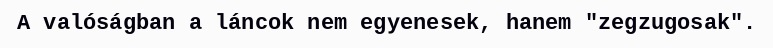
A valóságban a láncok nem egyenesek, hanem "zegzugosak".